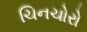
ચિનચોરો